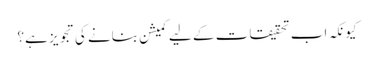
کیونکہ اب تحقیقات کے لیے کمیشن بنانے کی تجویز ہے؟